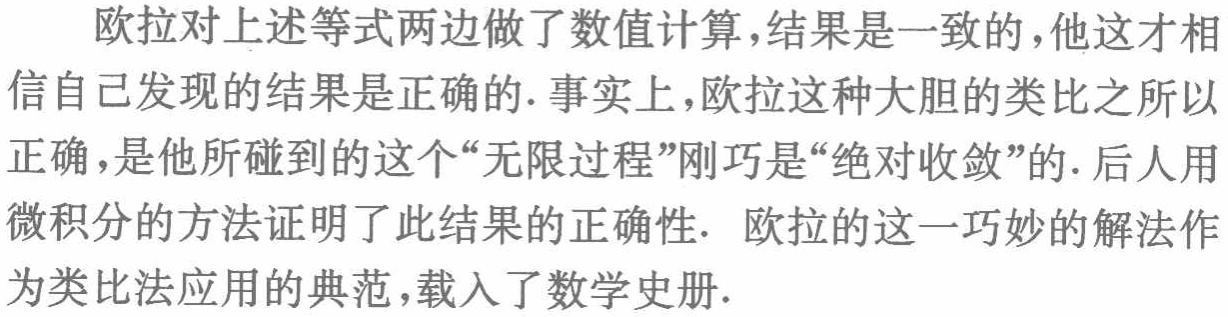
欧拉对上述等式两边做了数值计算,结果是一致的,他这才相信自己发现的结果是正确的. 事实上,欧拉这种大胆的类比之所以正确,是他所碰到的这个“无限过程”刚巧是“绝对收敛”的. 后人用微积分的方法证明了此结果的正确性. 欧拉的这一巧妙的解法作为类比法应用的典范,载入了数学史册.